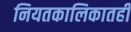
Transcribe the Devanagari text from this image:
नियतकालिकातही